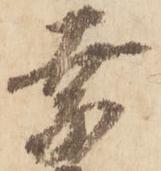
奈